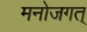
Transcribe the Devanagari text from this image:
मनोजगत्